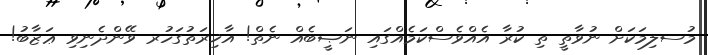
މުސލިމަކަށް ނުވާތީ ތި ކުރާ އެއްވެސްކަމެއްގައި ނަޞީބެއް ނެތް! އާޚިރަތުގަހުރ ވޭންދެނިވި ޢަޒާބު!